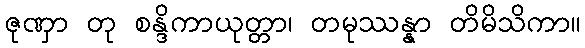
ဇုဏှာ တု စန္ဒိကာယုတ္တာ၊ တမုဿန္နာ တိမိသိကာ။